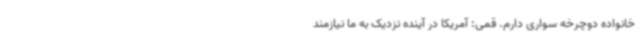
خانواده دوچرخه سواری دارم. قمی: آمریکا در آینده نزدیک به ما نیازمند